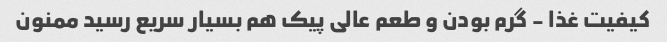
کیفیت غذا - گرم بودن و طعم عالی پیک هم بسیار سریع رسید ممنون